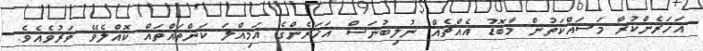
އަހަރެންކުރާ މަސައްކަތުން މާބޮޑު އެއްޗެއް ނުލިބުނަސް އަހަރެންގެ އަމިއްލަ ކަންތައްތައް ކޮއްލެވޭ ވަރުވެއެވެ.